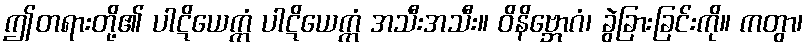
ဤတရားတို့၏ ပါဋိယေက္ကံ ပါဋိယေက္ကံ အသီးအသီး။ ဝိနိဗ္ဘောဂံ၊ ခွဲခြားခြင်းကို။ ကတွာ၊